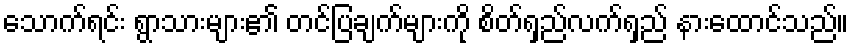
သောက်ရင်း ရွာသားများ၏ တင်ပြချက်များကို စိတ်ရှည်လက်ရှည် နားထောင်သည်။